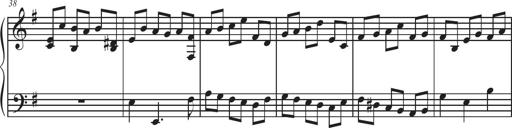
Title: Sonatina Espania
Composer: Jerald Franklin Archer
Key: Various